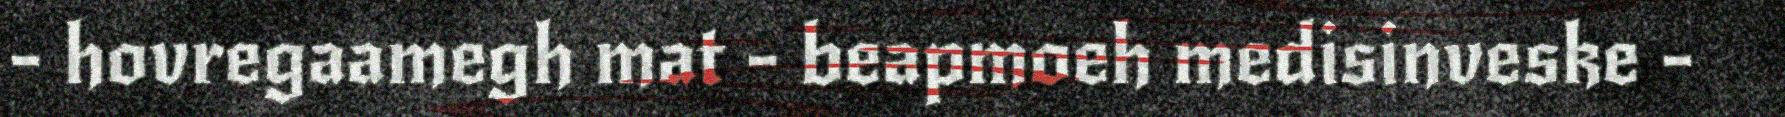
- hovregaamegh mat - beapmoeh medisinveske -